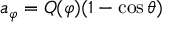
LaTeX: a _ { \varphi } = Q ( \varphi ) ( 1 - \cos \theta )